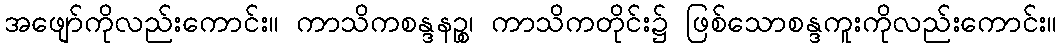
အဖျော်ကိုလည်းကောင်း။ ကာသိကစန္ဒနဉ္စ၊ ကာသိကတိုင်း၌ ဖြစ်သောစန္ဒကူးကိုလည်းကောင်း။